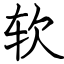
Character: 软